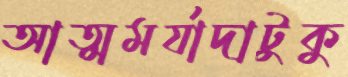
আত্মমর্যাদাটুকু